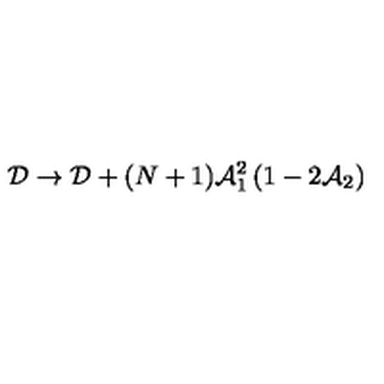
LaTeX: { \cal D } \rightarrow { \cal D } + ( N + 1 ) { \cal A } _ { 1 } ^ { 2 } \left( 1 - 2 { \cal A } _ { 2 } \right)